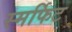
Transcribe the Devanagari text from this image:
स्मर्फिट